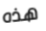
هذه